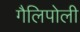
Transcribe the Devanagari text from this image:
गैलिपोली